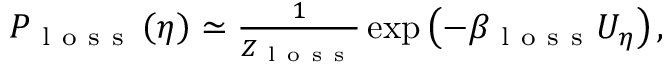
\begin{array} { r } { P _ { \mathrm { ~ l ~ o ~ s ~ s ~ } } \left( \eta \right) \simeq \frac { 1 } { Z _ { \mathrm { ~ l ~ o ~ s ~ s ~ } } } \exp \left( - \beta _ { \mathrm { ~ l ~ o ~ s ~ s ~ } } U _ { \eta } \right) , } \end{array}